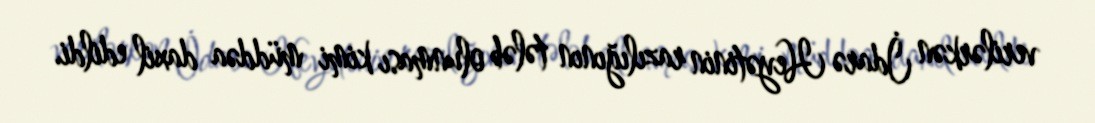
verilərkən İdarə Heyətinin razılığının tələb olunması kimi müddəa daxil edildi.